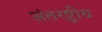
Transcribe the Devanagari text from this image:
अंतरष्ट्रीय